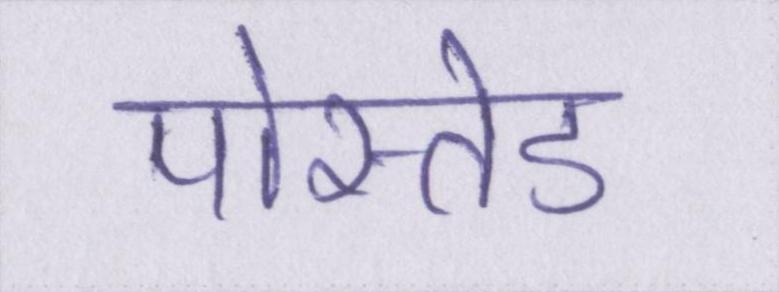
पोस्तेड